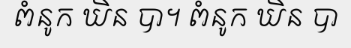
ពំនូក ឃិន បា។ ពំនូក ឃិន បា